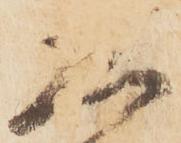
大